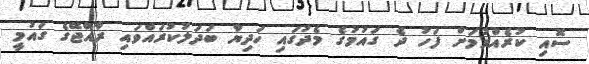
ސޮއި ކުރެއްވުމަށް ފަހު ދެ ގައުުމުގެ މެދުގައި ހަދިޔާ ބަދަލުކުރައްވައި ރާއްޖޭގެ ގައުމީ